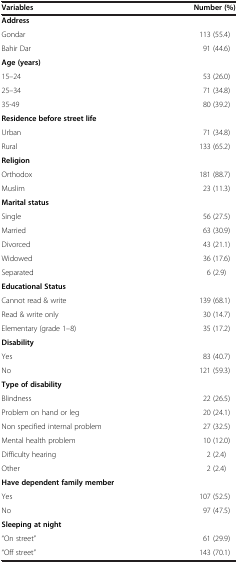
<table><thead><tr><td><b>Variables</b></td><td><b>Number (%)</b></td></tr></thead><tbody><tr><td colspan="2"><b>Address</b></td></tr><tr><td>Gondar</td><td>113 (55.4)</td></tr><tr><td>Bahir Dar</td><td>91 (44.6)</td></tr><tr><td colspan="2"><b>Age (years)</b></td></tr><tr><td>15–24</td><td>53 (26.0)</td></tr><tr><td>25–34</td><td>71 (34.8)</td></tr><tr><td>35-49</td><td>80 (39.2)</td></tr><tr><td colspan="2"><b>Residence before street life</b></td></tr><tr><td>Urban</td><td>71 (34.8)</td></tr><tr><td>Rural</td><td>133 (65.2)</td></tr><tr><td colspan="2"><b>Religion</b></td></tr><tr><td>Orthodox</td><td>181 (88.7)</td></tr><tr><td>Muslim</td><td>23 (11.3)</td></tr><tr><td colspan="2"><b>Marital status</b></td></tr><tr><td>Single</td><td>56 (27.5)</td></tr><tr><td>Married</td><td>63 (30.9)</td></tr><tr><td>Divorced</td><td>43 (21.1)</td></tr><tr><td>Widowed</td><td>36 (17.6)</td></tr><tr><td>Separated</td><td>6 (2.9)</td></tr><tr><td colspan="2"><b>Educational Status</b></td></tr><tr><td>Cannot read &amp; write</td><td>139 (68.1)</td></tr><tr><td>Read &amp; write only</td><td>30 (14.7)</td></tr><tr><td>Elementary (grade 1–8)</td><td>35 (17.2)</td></tr><tr><td colspan="2"><b>Disability</b></td></tr><tr><td>Yes</td><td>83 (40.7)</td></tr><tr><td>No</td><td>121 (59.3)</td></tr><tr><td colspan="2"><b>Type of disability</b></td></tr><tr><td>Blindness</td><td>22 (26.5)</td></tr><tr><td>Problem on hand or leg</td><td>20 (24.1)</td></tr><tr><td>Non specified internal problem</td><td>27 (32.5)</td></tr><tr><td>Mental health problem</td><td>10 (12.0)</td></tr><tr><td>Difficulty hearing</td><td>2 (2.4)</td></tr><tr><td>Other</td><td>2 (2.4)</td></tr><tr><td colspan="2"><b>Have dependent family member</b></td></tr><tr><td>Yes</td><td>107 (52.5)</td></tr><tr><td>No</td><td>97 (47.5)</td></tr><tr><td colspan="2"><b>Sleeping at night</b></td></tr><tr><td>“On street”</td><td>61 (29.9)</td></tr><tr><td>“Off street”</td><td>143 (70.1)</td></tr></tbody></table>